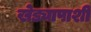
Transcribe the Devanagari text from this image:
खेड्यापाशी